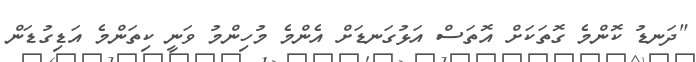
"ދަނޑު ކޮންމެ ގޮތަކަށް އޮތަސް އަޅުގަނޑަށް އެންމެ މުހިންމު ވަނީ ކިތަންމެ އަޑިގުޑަން